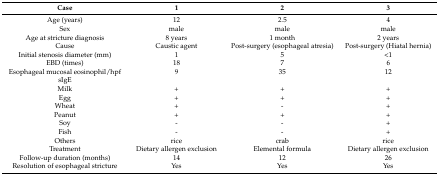
<table><thead><tr><td><b>Case</b></td><td><b>1</b></td><td><b>2</b></td><td><b>3</b></td></tr></thead><tbody><tr><td>Age (years)</td><td>12</td><td>2.5</td><td>4</td></tr><tr><td>Sex</td><td>male</td><td>male</td><td>male</td></tr><tr><td>Age at stricture diagnosis</td><td>8 years</td><td>1 month</td><td>2 years</td></tr><tr><td>Cause</td><td>Caustic agent</td><td>Post-surgery (esophageal atresia)</td><td>Post-surgery (Hiatal hernia)</td></tr><tr><td>Initial stenosis diameter (mm)</td><td>1</td><td>5</td><td>&lt;1</td></tr><tr><td>EBD (times)</td><td>18</td><td>7</td><td>6</td></tr><tr><td>Esophageal mucosal eosinophil/hpf</td><td>9</td><td>35</td><td>12</td></tr><tr><td>sIgE</td><td></td><td></td><td></td></tr><tr><td>Milk</td><td>+</td><td>+</td><td>+</td></tr><tr><td>Egg</td><td>+</td><td>+</td><td>+</td></tr><tr><td>Wheat</td><td>+</td><td>-</td><td>+</td></tr><tr><td>Peanut</td><td>+</td><td>+</td><td>+</td></tr><tr><td>Soy</td><td>-</td><td>-</td><td>+</td></tr><tr><td>Fish</td><td>-</td><td>-</td><td>+</td></tr><tr><td>Others</td><td>rice</td><td>crab</td><td>rice</td></tr><tr><td>Treatment</td><td>Dietary allergen exclusion</td><td>Elemental formula</td><td>Dietary allergen exclusion</td></tr><tr><td>Follow-up duration (months)</td><td>14</td><td>12</td><td>26</td></tr><tr><td>Resolution of esophageal stricture</td><td>Yes</td><td>Yes</td><td>Yes</td></tr></tbody></table>